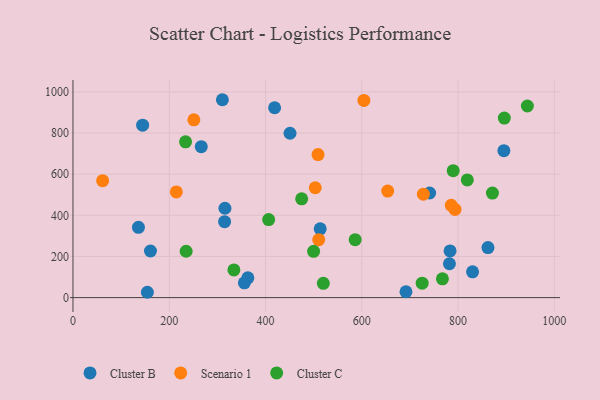
{"axis": {"x": "Study Hours", "y": "Demand"}, "legend": ["Cluster B", "Cluster C", "Scenario 1"], "data": [{"x": "154.6", "y": 25.9, "type": "Cluster B"}, {"x": "136.0", "y": 341.8, "type": "Cluster B"}, {"x": "691.8", "y": 28.5, "type": "Cluster B"}, {"x": "161.0", "y": 226.4, "type": "Cluster B"}, {"x": "315.0", "y": 369.2, "type": "Cluster B"}, {"x": "356.1", "y": 71.8, "type": "Cluster B"}, {"x": "513.6", "y": 334.2, "type": "Cluster B"}, {"x": "315.7", "y": 434.3, "type": "Cluster B"}, {"x": "862.1", "y": 243.2, "type": "Cluster B"}, {"x": "830.1", "y": 125.4, "type": "Cluster B"}, {"x": "310.4", "y": 961.7, "type": "Cluster B"}, {"x": "266.5", "y": 733.3, "type": "Cluster B"}, {"x": "783.4", "y": 226.9, "type": "Cluster B"}, {"x": "418.9", "y": 922.8, "type": "Cluster B"}, {"x": "144.7", "y": 838.0, "type": "Cluster B"}, {"x": "782.1", "y": 164.5, "type": "Cluster B"}, {"x": "450.9", "y": 798.8, "type": "Cluster B"}, {"x": "895.2", "y": 714.2, "type": "Cluster B"}, {"x": "363.3", "y": 96.0, "type": "Cluster B"}, {"x": "740.9", "y": 508.4, "type": "Cluster B"}, {"x": "604.4", "y": 958.2, "type": "Scenario 1"}, {"x": "509.1", "y": 694.9, "type": "Scenario 1"}, {"x": "251.1", "y": 863.9, "type": "Scenario 1"}, {"x": "793.7", "y": 428.5, "type": "Scenario 1"}, {"x": "503.3", "y": 534.0, "type": "Scenario 1"}, {"x": "510.5", "y": 281.3, "type": "Scenario 1"}, {"x": "653.8", "y": 517.9, "type": "Scenario 1"}, {"x": "214.7", "y": 513.6, "type": "Scenario 1"}, {"x": "727.9", "y": 502.6, "type": "Scenario 1"}, {"x": "61.6", "y": 568.2, "type": "Scenario 1"}, {"x": "785.9", "y": 448.6, "type": "Scenario 1"}, {"x": "520.1", "y": 69.2, "type": "Cluster C"}, {"x": "767.5", "y": 91.2, "type": "Cluster C"}, {"x": "235.1", "y": 225.4, "type": "Cluster C"}, {"x": "944.0", "y": 931.3, "type": "Cluster C"}, {"x": "406.5", "y": 379.3, "type": "Cluster C"}, {"x": "819.2", "y": 571.9, "type": "Cluster C"}, {"x": "871.4", "y": 508.1, "type": "Cluster C"}, {"x": "233.9", "y": 757.0, "type": "Cluster C"}, {"x": "586.2", "y": 281.6, "type": "Cluster C"}, {"x": "334.3", "y": 134.7, "type": "Cluster C"}, {"x": "499.9", "y": 224.7, "type": "Cluster C"}, {"x": "475.1", "y": 480.1, "type": "Cluster C"}, {"x": "896.1", "y": 872.6, "type": "Cluster C"}, {"x": "725.4", "y": 70.2, "type": "Cluster C"}, {"x": "789.9", "y": 616.9, "type": "Cluster C"}]}